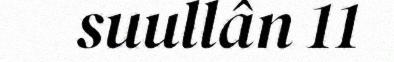
suullân 11